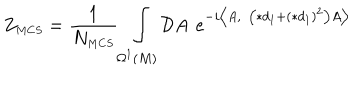
Z _ { \scriptscriptstyle M C S } = \frac { 1 } { N _ { \scriptscriptstyle M C S } } \int _ { \Omega ^ { \scriptscriptstyle 1 } ( M ) } \mathcal { D } A e ^ { - i \bigl \langle A , \left( \ast d _ { \scriptscriptstyle 1 } + ( \ast d _ { \scriptscriptstyle 1 } ) ^ { \scriptscriptstyle 2 } \right) A \bigr \rangle }